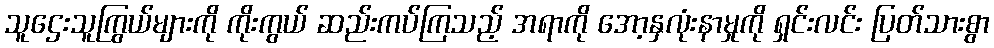
သူဌေးသူကြွယ်များကို ကိုးကွယ် ဆည်းကပ်ကြသည့် အရာကို အော့နှလုံးနာမှုကို ရှင်းလင်း ပြတ်သားစွာ